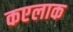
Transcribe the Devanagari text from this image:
कएलाक